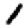
Digit: 1